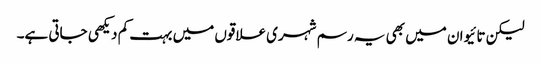
لیکن تائیوان میں بھی یہ رسم شہری علاقوں میں بہت کم دیکھی جاتی ہے۔